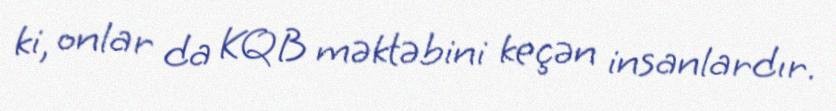
ki, onlar da KQB məktəbini keçən insanlardır.